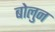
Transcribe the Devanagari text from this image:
बोलुन